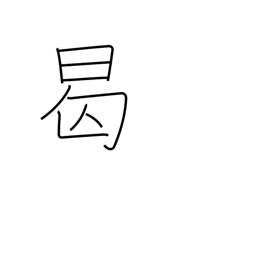
Meaning: when